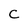
Character: C